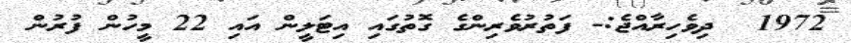
1972  ދިވެހިރާއްޖެ:- ފަތުރުވެރިންގެ ގޮތުގައި އިޓަލީން އައި 22 މީހުން ފުރުން